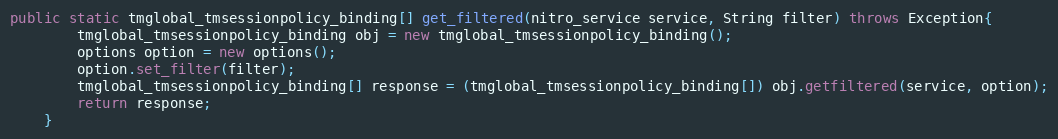
Language: Java
public static tmglobal_tmsessionpolicy_binding[] get_filtered(nitro_service service, String filter) throws Exception{
		tmglobal_tmsessionpolicy_binding obj = new tmglobal_tmsessionpolicy_binding();
		options option = new options();
		option.set_filter(filter);
		tmglobal_tmsessionpolicy_binding[] response = (tmglobal_tmsessionpolicy_binding[]) obj.getfiltered(service, option);
		return response;
	}